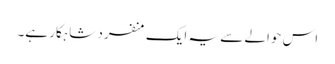
اس حوالے سے یہ ایک منفرد شاہکار ہے۔